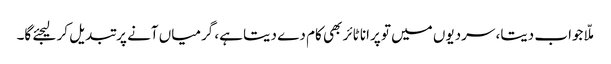
ملّا جواب دیتا، سردیوں میں تو پرانا ٹائر بھی کام دے دیتا ہے، گرمیاں آنے پر تبدیل کر لیجئے گا۔